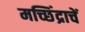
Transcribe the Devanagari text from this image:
मच्छिंद्राचें